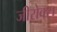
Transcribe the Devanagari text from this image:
जीरोक्स